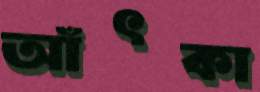
আঁৎকা